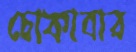
চোকাবার